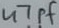
Text: 47pF